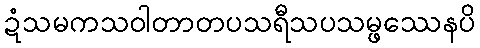
ဍံသမကသဝါတာတပသရီသပသမ္ဖဿေနပိ